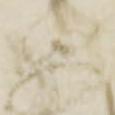
衛